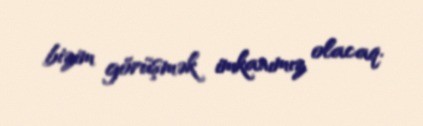
bizim görüşmək imkanımız olacaq.